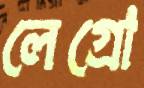
লেগ্রো